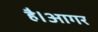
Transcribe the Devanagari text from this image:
है।आगर